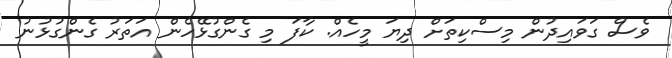
ވެސް ގަވައިދުން މިސްކިތަށް ދިޔަ މީހެއް. ކާފަ މި ގެންގުޅޭހެން އަތަރު ގެންގުޅުނު